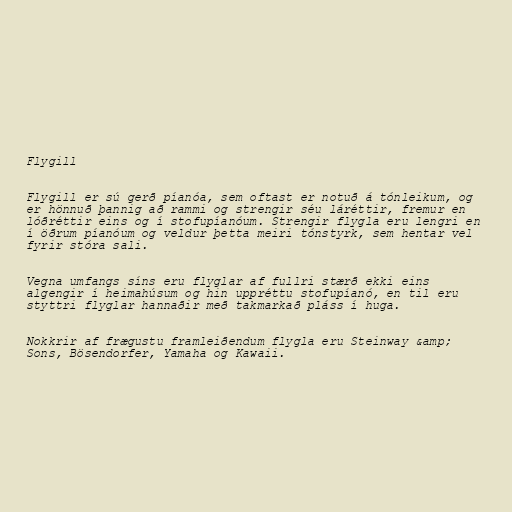
Flygill

Flygill er sú gerð píanóa, sem oftast er notuð á tónleikum, og
er hönnuð þannig að rammi og strengir séu láréttir, fremur en
lóðréttir eins og í stofupíanóum. Strengir flygla eru lengri en
í öðrum píanóum og veldur þetta meiri tónstyrk, sem hentar vel
fyrir stóra sali.

Vegna umfangs síns eru flyglar af fullri stærð ekki eins
algengir í heimahúsum og hin uppréttu stofupíanó, en til eru
styttri flyglar hannaðir með takmarkað pláss í huga.

Nokkrir af frægustu framleiðendum flygla eru Steinway &amp;
Sons, Bösendorfer, Yamaha og Kawaii.